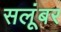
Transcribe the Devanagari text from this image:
सलूंबर